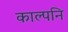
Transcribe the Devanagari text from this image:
काल्पनि